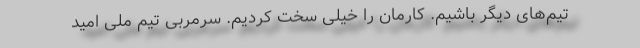
تیم‌های دیگر باشیم. کارمان را خیلی سخت کردیم. سرمربی تیم ملی امید